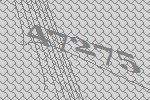
47275